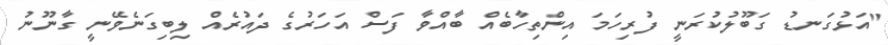
"އަޅުގަނޑު ގަބޫލުކުރަނީ ފުރިހަމަ އިންތިހާބެއް ބާއްވާ ފަސް އަހަރުގެ ދައުރެއް ލިބިގަނެވޭނީ ގާނޫނު